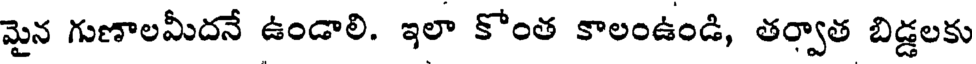
మైన గుణాలమీదనే ఉండాలి. ఇలా కోంత కాలంఉండి, తర్వాత బిడ్డలకు